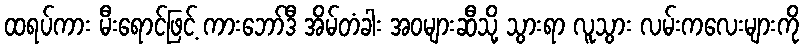
ထရပ်ကား မီးရောင်ဖြင့် ကားဘော်ဒီ အိမ်တံခါး အဝများဆီသို့ သွားရာ လူသွား လမ်းကလေးများကို